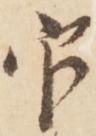
官